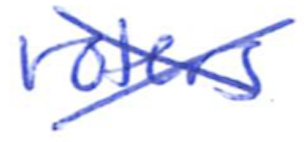
Text: voters
Cross-out: cross
Writing tool: ballpoint